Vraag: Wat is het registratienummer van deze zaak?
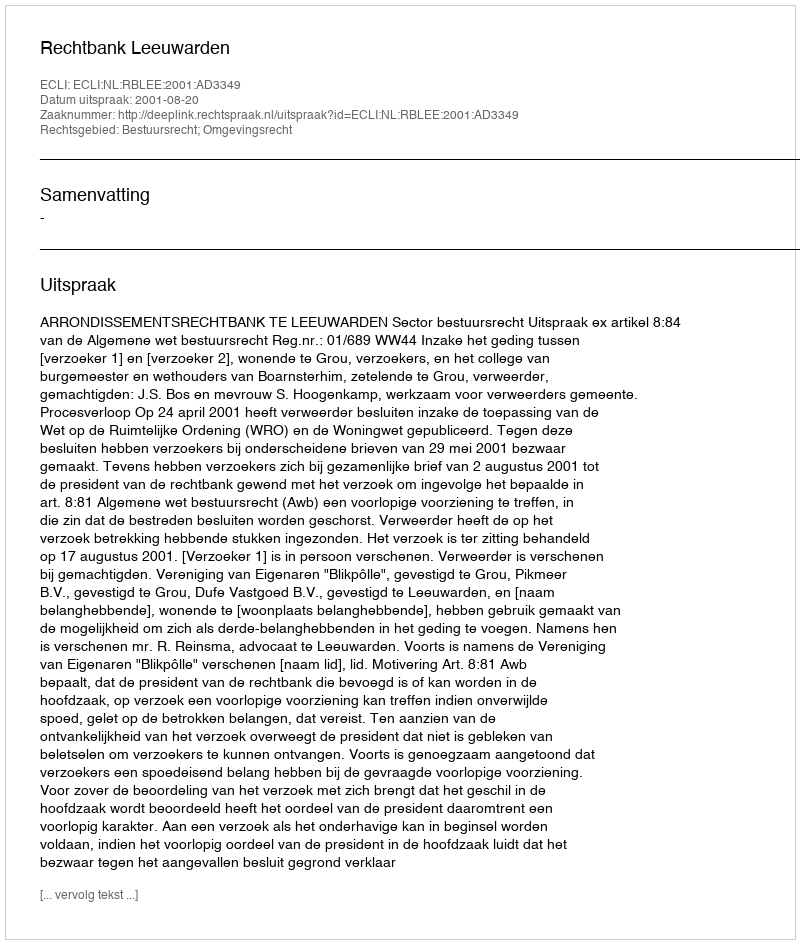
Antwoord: http://deeplink.rechtspraak.nl/uitspraak?id=ECLI:NL:RBLEE:2001:AD3349